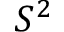
S ^ { 2 }